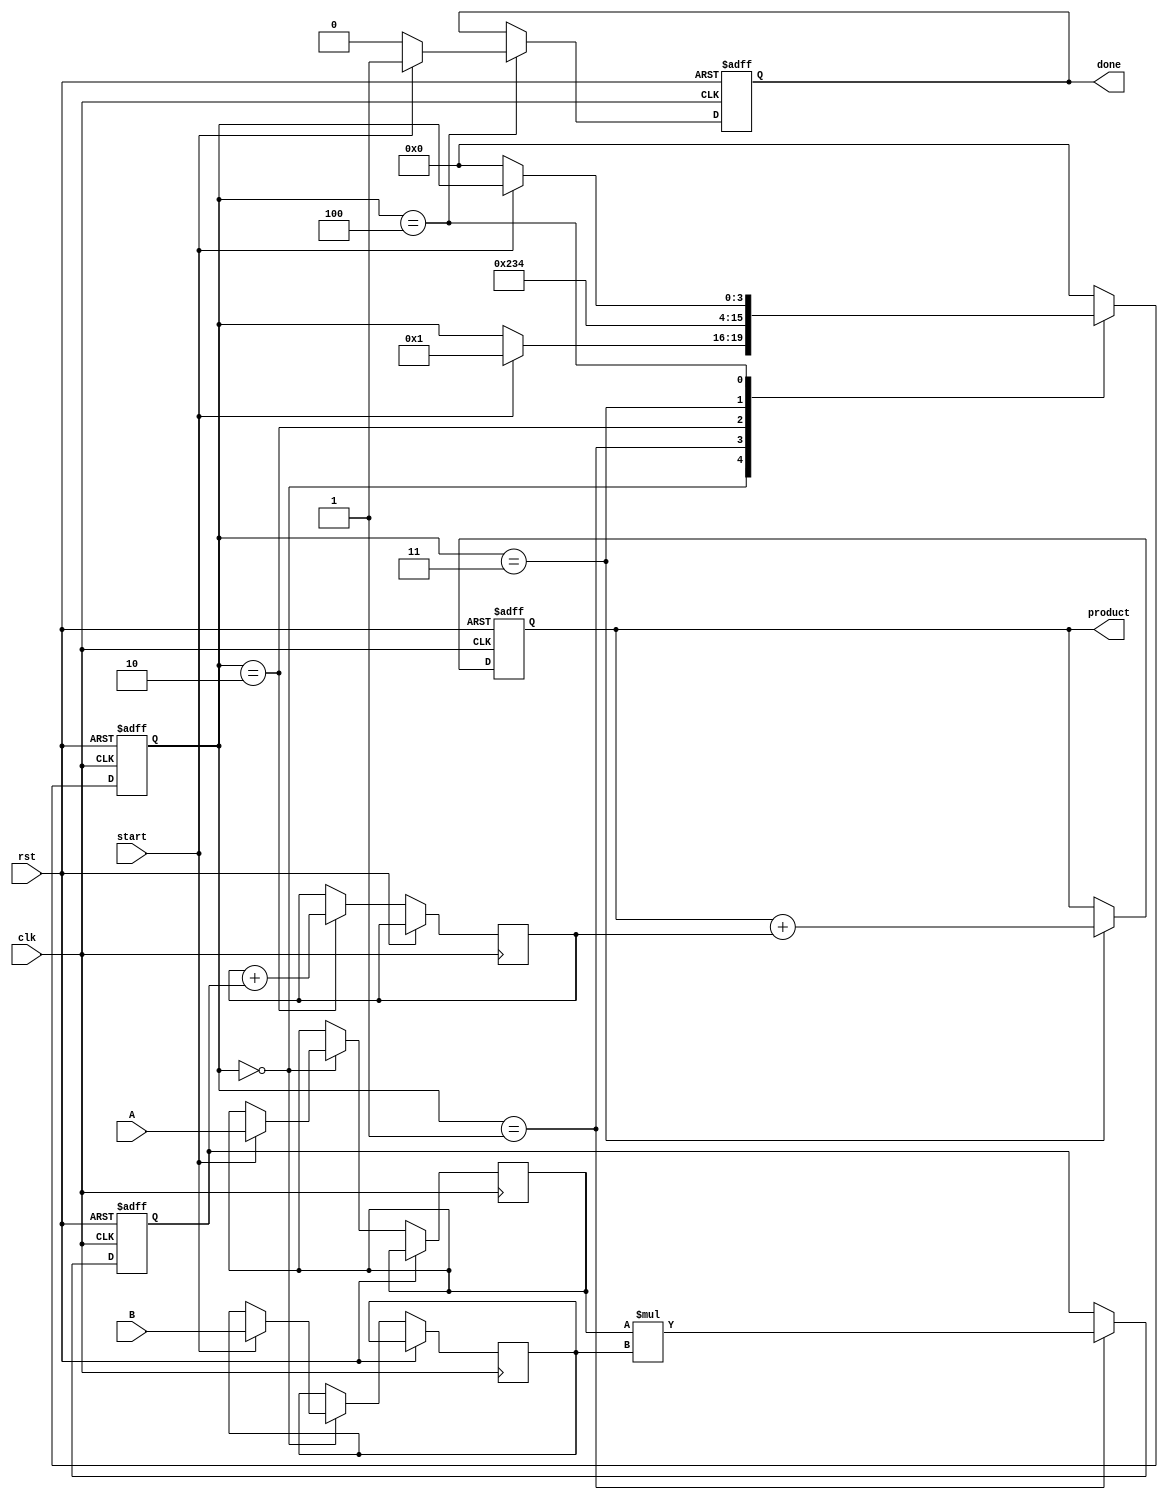
module systolic_multiplier #(
    parameter A_WIDTH = 4, // Width of multiplicand A
    parameter B_WIDTH = 4  // Width of multiplier B
)(
    input clk,
    input rst,
    input [A_WIDTH-1:0] A, // Multiplicand
    input [B_WIDTH-1:0] B, // Multiplier
    input start,
    output reg [A_WIDTH + B_WIDTH - 1:0] product, // Final product
    output reg done // Indicates completion of multiplication
);

    // Internal signals
    reg [A_WIDTH-1:0] a_reg [0:B_WIDTH-1]; // Registers for A
    reg [B_WIDTH-1:0] b_reg [0:A_WIDTH-1]; // Registers for B
    reg [A_WIDTH + B_WIDTH - 1:0] partial_product [0:A_WIDTH-1][0:B_WIDTH-1]; // Partial products
    reg [A_WIDTH + B_WIDTH - 1:0] sum [0:A_WIDTH-1]; // Accumulated sums
    integer i, j;

    // Control signals
    reg [3:0] state; // State for FSM
    localparam IDLE = 0, LOAD = 1, COMPUTE = 2, ACCUMULATE = 3, DONE = 4;

    // Sequential logic for state machine
    always @(posedge clk or posedge rst) begin
        if (rst) begin
            state <= IDLE;
            product <= 0;
            done <= 0;
            for (i = 0; i < A_WIDTH; i = i + 1) begin
                for (j = 0; j < B_WIDTH; j = j + 1) begin
                    partial_product[i][j] <= 0;
                end
            end
        end else begin
            case (state)
                IDLE: begin
                    if (start) begin
                        // Load inputs into registers
                        for (i = 0; i < A_WIDTH; i = i + 1) begin
                            a_reg[i] <= A;
                        end
                        for (j = 0; j < B_WIDTH; j = j + 1) begin
                            b_reg[j] <= B;
                        end
                        state <= LOAD;
                    end
                end

                LOAD: begin
                    // Compute partial products
                    for (i = 0; i < A_WIDTH; i = i + 1) begin
                        for (j = 0; j < B_WIDTH; j = j + 1) begin
                            partial_product[i][j] <= a_reg[i] * b_reg[j];
                        end
                    end
                    state <= COMPUTE;
                end

                COMPUTE: begin
                    // Accumulate partial products
                    for (i = 0; i < A_WIDTH; i = i + 1) begin
                        sum[i] <= 0; // Initialize sum
                        for (j = 0; j < B_WIDTH; j = j + 1) begin
                            sum[i] <= sum[i] + partial_product[i][j];
                        end
                    end
                    state <= ACCUMULATE;
                end

                ACCUMULATE: begin
                    // Final accumulation of sums
                    product <= 0; // Initialize product
                    for (i = 0; i < A_WIDTH; i = i + 1) begin
                        product <= product + sum[i];
                    end
                    state <= DONE;
                end

                DONE: begin
                    done <= 1; // Indicate completion
                    if (!start) begin
                        state <= IDLE; // Reset state on start signal low
                        done <= 0; // Reset done signal
                    end
                end

                default: state <= IDLE;
            endcase
        end
    end
endmodule